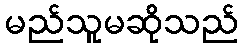
မည်သူမဆိုသည်